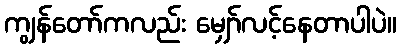
ကျွန်တော်ကလည်း မျှော်လင့်နေတာပါပဲ။